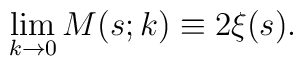
\lim_{k\rightarrow 0}M(s;k)\equiv2\xi(s).